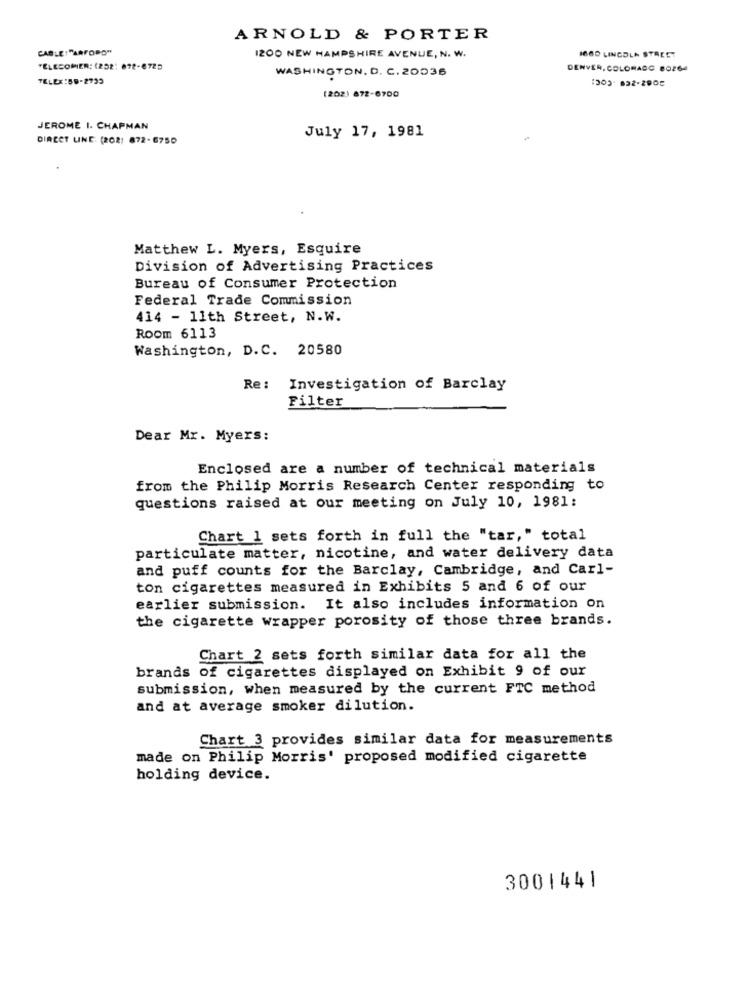
ARNOLD & PORTER
CABLE :"ARFORO"
1200 NEW HAMPSHIRE AVENUE, N. W.
1680 LINCOLN STREET
TELECOMIER: (252: 078-6725
WASHINGTON, D. C. 20036
DENVER, COLORADO 80264
TELEX:59-2739
1303 832-2908
(202) 872-6700
JEROME I. CHAPMAN
July 17, 1981
DIRECT UNE. (202) 872-6750
Matthew L. Myers, Esquire
Division of Advertising Practices
Bureau of Consumer Protection
Federal Trade Commission
414 - 11th Street, N.W.
Room 6113
Washington, D.C. 20580
Re :
Investigation of Barclay
Filter
Dear Mr. Myers:
Enclosed are a number of technical materials
from the Philip Morris Research Center responding to
questions raised at our meeting on July 10, 1981:
Chart 1 sets forth in full the "tar," total
particulate matter, nicotine, and water delivery data
and puff counts for the Barclay, Cambridge, and Carl-
ton cigarettes measured in Exhibits 5 and 6 of our
earlier submission. It also includes information on
the cigarette wrapper porosity of those three brands.
Chart 2 sets forth similar data for all the
brands of cigarettes displayed on Exhibit 9 of our
submission, when measured by the current FTC method
and at average smoker dilution.
Chart 3 provides similar data for measurements
made on Philip Morris' proposed modified cigarette
holding device.
3001441